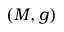
( M , g )